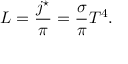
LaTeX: L = { \frac { j ^ { \star } } { \pi } } = { \frac { \sigma } { \pi } } T ^ { 4 } .